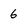
Character: 6